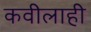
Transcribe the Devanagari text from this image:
कवीलाही